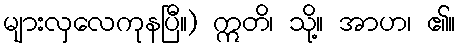
များလှလေကုနပြီ။) ဣတိ၊ သို့။ အာဟ၊ ၏။